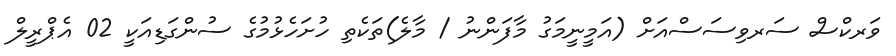
ވަރކްސް ސަރވިސަސްއަށް (އަމީނީމަގު މާފަންނު / މާލެ)ތަކެތި ހުށަހެޅުމުގެ ސުންގަޑިއަކީ 02 އެޕްރީލް